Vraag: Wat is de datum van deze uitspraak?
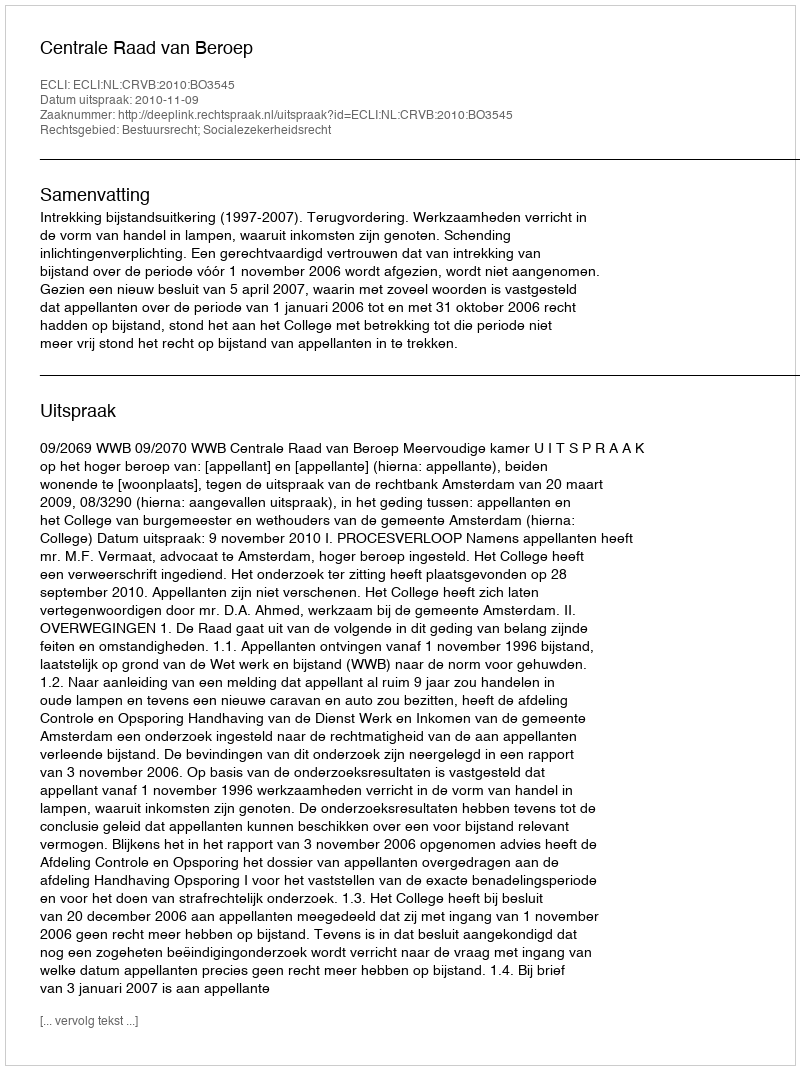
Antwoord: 2010-11-09